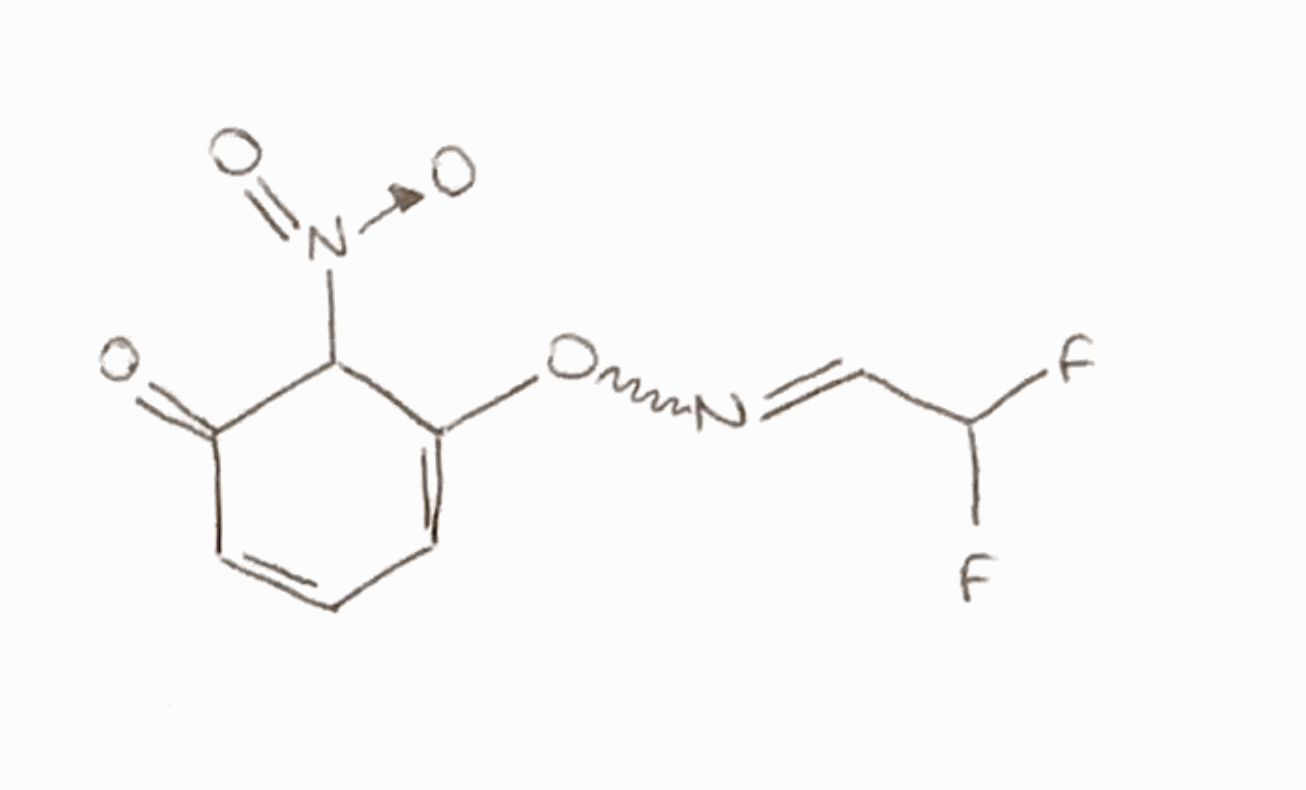
Simplified molecular-input line-entry system (SMILES) notation of the given molecule:
C1=CC(=O)C(C(=C1)ON=CC(F)F)[N+](=O)[O-]